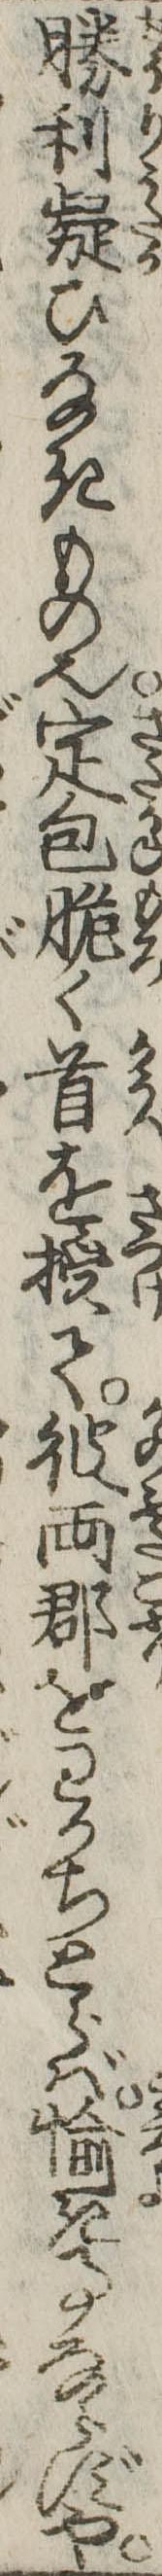
勝利疑ひなきもの也定包脆く首を授て彼両郡をわかちとらば愉き事ならずや